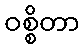
ဝစ္စိတာ